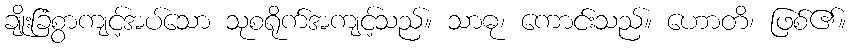
ချိုးခြံစွာကျင့်အပ်သော သုစရိုက်အကျင့်သည်။ သာဓု၊ ကောင်းသည်။ ဟောတိ၊ ဖြစ်၏။